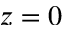
z = 0